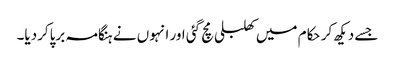
جسے دیکھ کر حکام میں کھلبلی مچ گئی اور انہوں نے ہنگامہ برپاکردیا۔